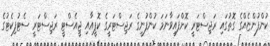
ކުންފުންޏެއްގެ ގޮތުގައި ރަޖިސްޓަރީ ކޮށްފައިވާނަމަ ކުންފުނީގެ ރަޖިސްޓަރީގެ ކޮޕީއާއި ޖީއެސްޓީ ރަޖިސްޓަރީ ސެޓުފިކެޓުގެ